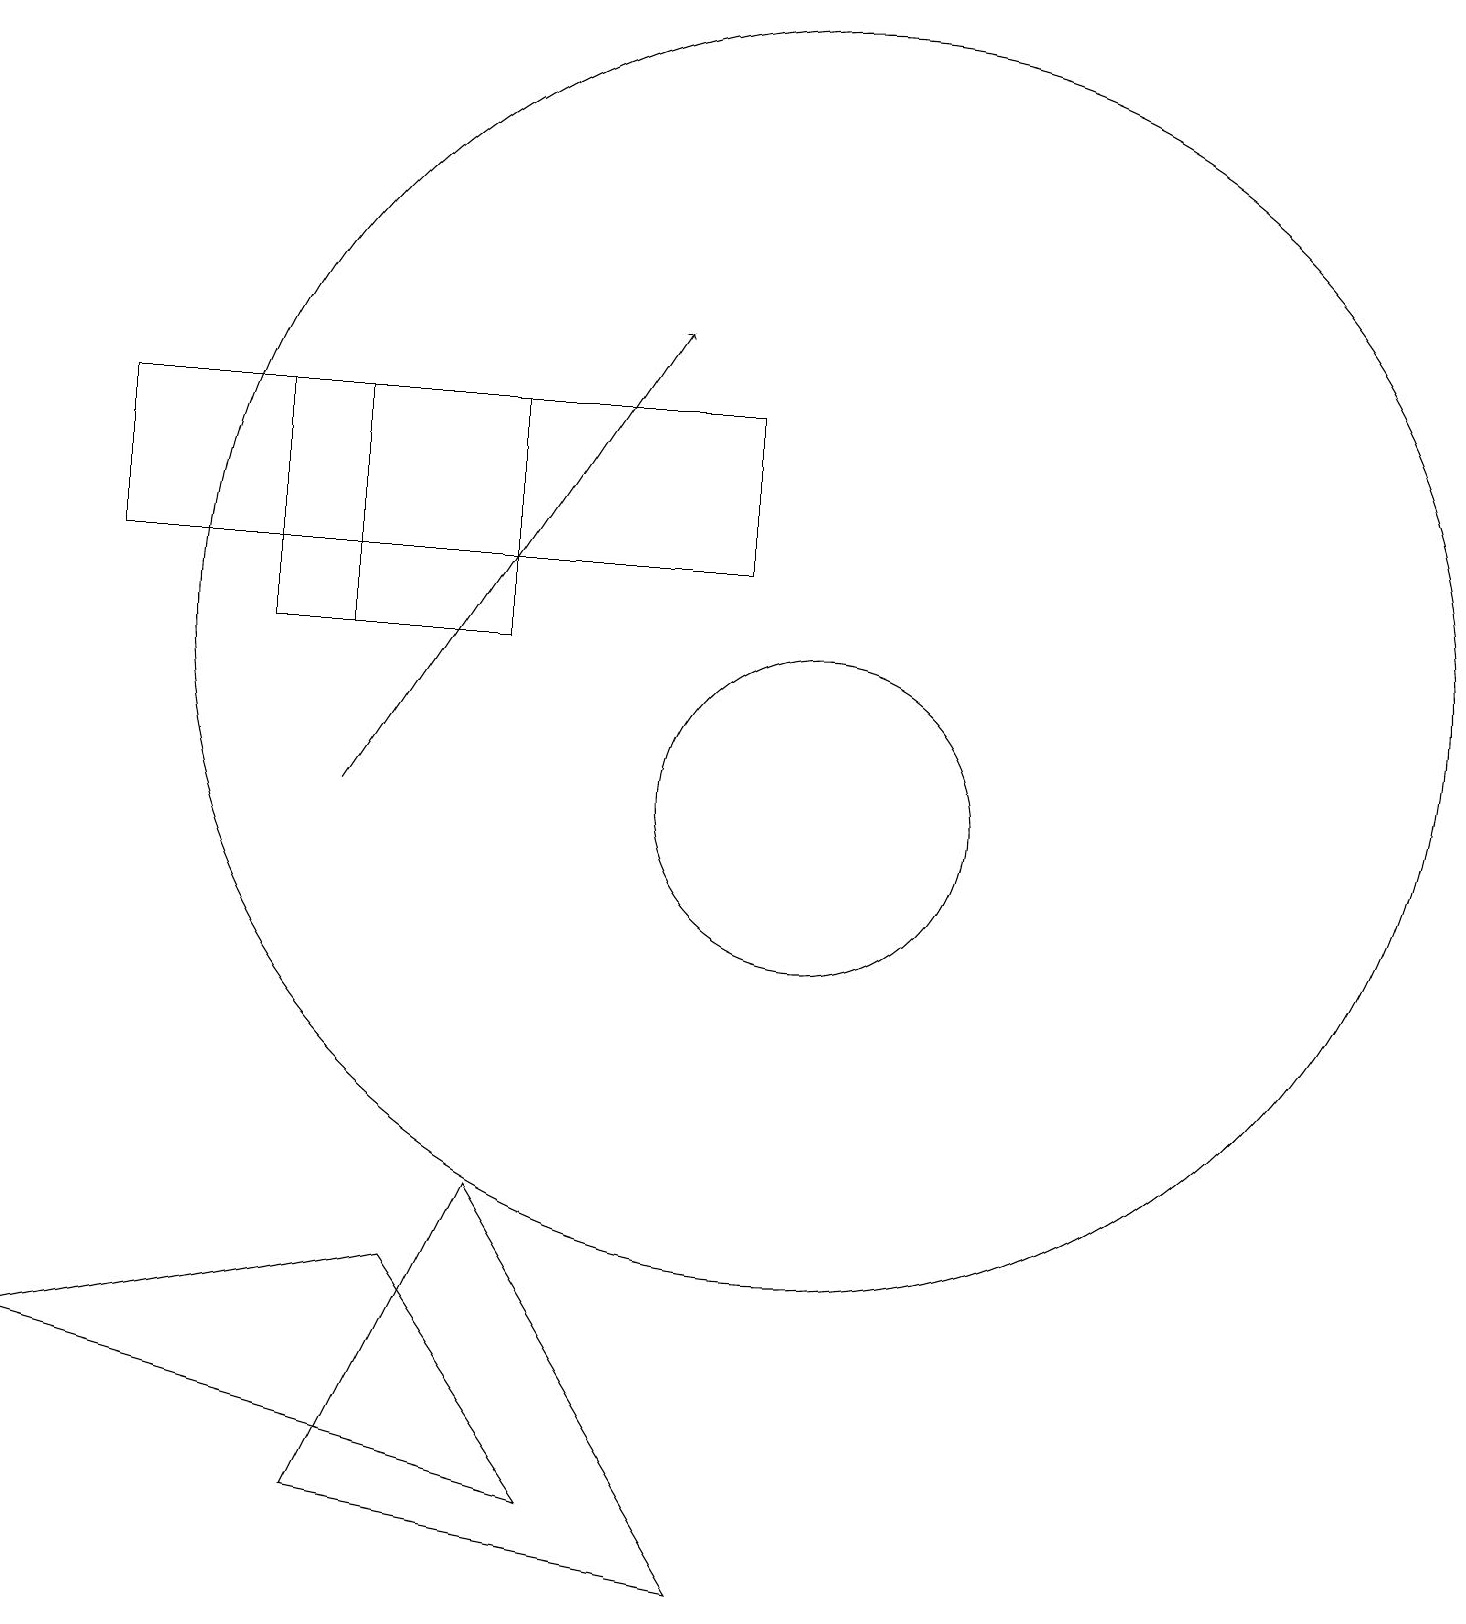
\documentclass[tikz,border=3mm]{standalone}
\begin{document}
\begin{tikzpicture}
\draw (1,13) rectangle (9,15);
\draw (10,12) circle (8);
\draw (10,10) circle (2);
\draw (4,15) rectangle (3,12);
\draw (6,15) rectangle (4,12);
\draw (0,3) -- (7,1) -- (5,4) -- cycle;
\draw[->] (4,10) -- (8,16);
\draw (4,1) -- (9,0) -- (6,5) -- cycle;
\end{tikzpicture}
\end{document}